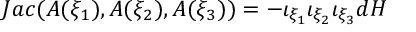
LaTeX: J a c ( A ( \xi _ { 1 } ) , A ( \xi _ { 2 } ) , A ( \xi _ { 3 } ) ) = - \iota _ { \xi _ { 1 } } \iota _ { \xi _ { 2 } } \iota _ { \xi _ { 3 } } d H